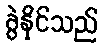
ခွဲနိုင်သည်